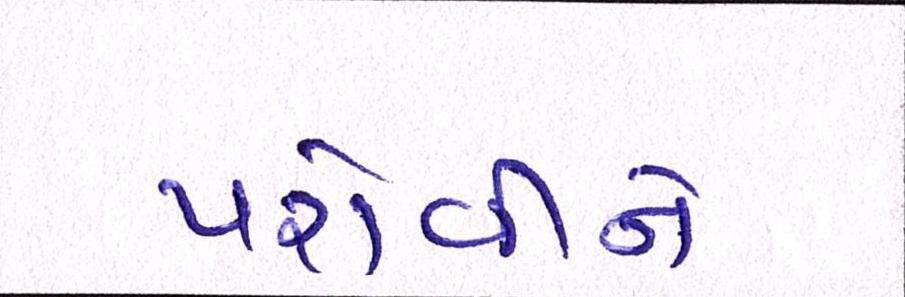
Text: પરોવીને